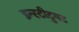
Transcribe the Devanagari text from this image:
इन्स्टीटुयट